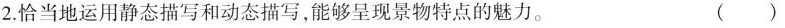
2.恰当地运用静态描写和动态描写，能够呈现景物特点的魅力。 ( )